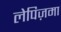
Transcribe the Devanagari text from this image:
लेपिज़मा